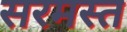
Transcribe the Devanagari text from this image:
सरमस्त